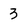
Character: 3